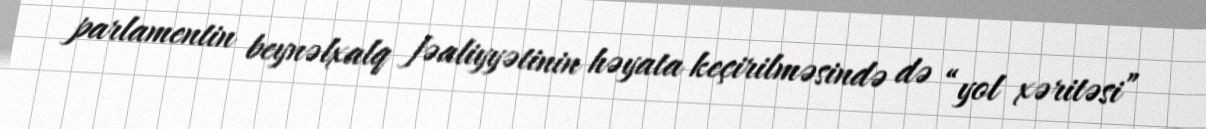
parlamentin beynəlxalq fəaliyyətinin həyata keçirilməsində də “yol xəritəsi”